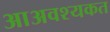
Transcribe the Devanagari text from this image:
आअवश्यकत